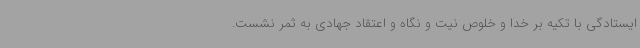
ایستادگی با تکیه بر خدا و خلوص نیت و نگاه و اعتقاد جهادی به ثمر نشست.